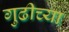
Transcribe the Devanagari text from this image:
गुढीच्या